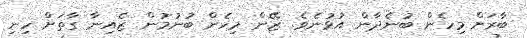
ބާރަށް މިހެން ބުނެދާން އުޅުނެވެ. ޒޭން މިހެން ބުނުމުން ޒެއިނާ ގާތަށް ހިނި